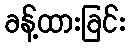
ခန့်ထားခြင်း